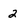
Character: 2